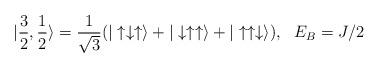
LaTeX: \begin{align*}| \frac{3}{2}, \frac{1}{2} \rangle =\frac{1}{\sqrt{3}} ( | \uparrow \downarrow \uparrow \rangle + |\downarrow \uparrow \uparrow \rangle + | \uparrow \uparrow \downarrow \rangle ), \ \ E_B =J/2 \end{align*}